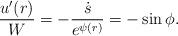
LaTeX: \begin{align*}\frac{u'(r)}{W} = -\frac{\dot s}{e^{\psi(r)}} = -\sin\phi.\end{align*}